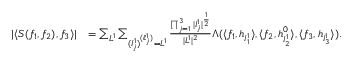
\begin{array} { r l } { | \langle S ( f _ { 1 } , f _ { 2 } ) , f _ { 3 } \rangle | } & { = \sum _ { L ^ { 1 } } \sum _ { ( I _ { j } ^ { 1 } ) ^ { ( \ell _ { j } ^ { 1 } ) } = L ^ { 1 } } \frac { \prod _ { j = 1 } ^ { 3 } | I _ { j } ^ { 1 } | ^ { \frac 1 2 } } { | L ^ { 1 } | ^ { 2 } } \Lambda ( \langle f _ { 1 } , h _ { I _ { 1 } ^ { 1 } } \rangle , \langle f _ { 2 } , h _ { I _ { 2 } ^ { 1 } } ^ { 0 } \rangle , \langle f _ { 3 } , h _ { I _ { 3 } ^ { 1 } } \rangle ) . } \end{array}